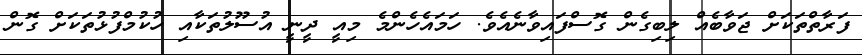
ފަރާތްތަކަށް ޖަވާބެއް ލިބިގެން ގޮސްފައިވާނެއެވެ. ހަމައެހެންމެ މިއީ ދީނީ އުސޫލުތަކާއި ހުކުމްފުޅުތަކަށް ގޮން